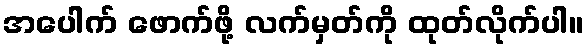
အပေါက် ဖောက်ဖို့ လက်မှတ်ကို ထုတ်လိုက်ပါ။